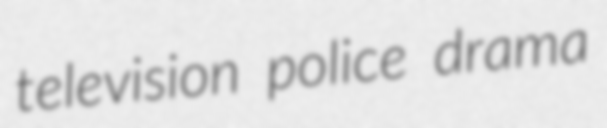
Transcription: television police drama